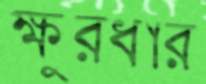
ক্ষুরধার